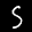
Label: 5